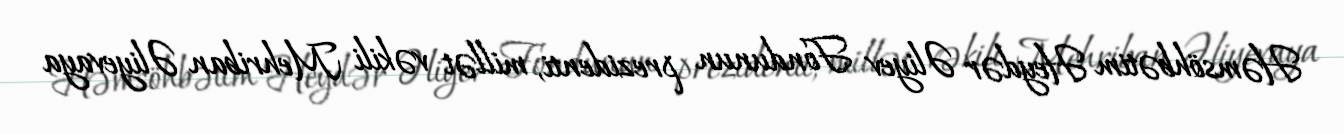
Həmsöhbətim Heydər Əliyev Fondunun prezidenti, millət vəkili Mehriban Əliyevaya